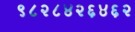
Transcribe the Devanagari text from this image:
९८२८४२६४६२